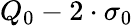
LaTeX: Q_{0}-2\cdot\sigma_{0}